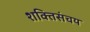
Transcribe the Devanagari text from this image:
शक्तिसंचय